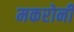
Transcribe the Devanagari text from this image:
मकरोनी